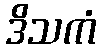
ဒိသကံ